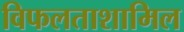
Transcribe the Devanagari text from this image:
विफलताशामिल